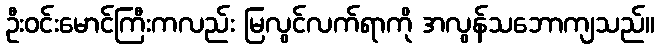
ဦးဝင်းမောင်ကြီးကလည်း မြလွင်လက်ရာကို အလွန်သဘောကျသည်။